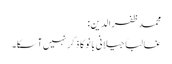
محمد ظفرالدین:
غالباً جیلانی بانو کا ذکر نہیں آسکا۔